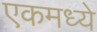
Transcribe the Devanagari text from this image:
एकमध्ये